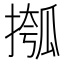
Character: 摦